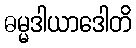
ဓမ္မဒါယာဒေါတိ